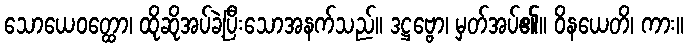
သောယေဝတ္ထော၊ ထိုဆိုအပ်ခဲ့ပြီးသောအနက်သည်။ ဒဋ္ဌဗ္ဗော၊ မှတ်အပ်၏။ ဝိနယေတိ၊ ကား။